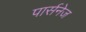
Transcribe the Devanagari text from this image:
पार्सनेज